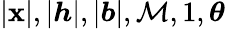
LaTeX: |\boldsymbol{\mathbf{x}}|,|\boldsymbol{h}|,|\boldsymbol{b}|,\mathcal{{M}},1,\boldsymbol{\theta}